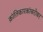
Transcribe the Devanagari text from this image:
क्रांतिकारकांबरोबर